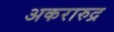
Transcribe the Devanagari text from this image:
अकरारुद्र